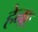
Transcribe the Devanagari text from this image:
हेनाः